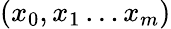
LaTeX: (x_{0},x_{1}\ldots x_{m})